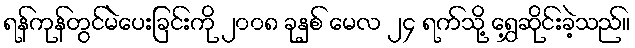
ရန်ကုန်တွင်မဲပေးခြင်းကို ၂၀၀၈ ခုနှစ် မေလ ၂၄ ရက်သို့ ရွှေ့ဆိုင်းခဲ့သည်။